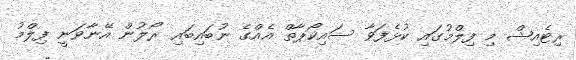
ރިޓެއިޝް މި ފިލްމުގައި ކުޅެފަވާ ސައިކޯޕާތް އެއްގެ ނުބައިބައި ރޯލުން އޭނާވަނީ ފިލްމު